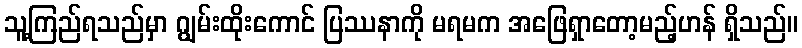
သူ့ကြည်ရသည်မှာ ဂျွမ်းထိုးကောင် ပြဿနာကို မရမက အဖြေရှာတော့မည့်ဟန် ရှိသည်။